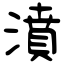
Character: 濆